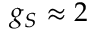
g _ { S } \approx 2